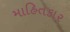
માહિતકાર